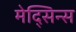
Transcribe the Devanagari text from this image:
मेद्सिन्स